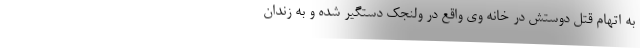
به اتهام قتل دوستش در خانه وی واقع در ولنجک دستگیر شده و به زندان